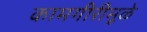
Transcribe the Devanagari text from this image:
कामगीरीमूळे